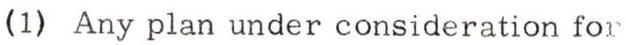
(1) Any plan under consideration for